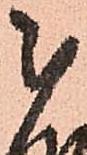
被